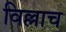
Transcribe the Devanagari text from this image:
विल्लाच